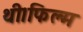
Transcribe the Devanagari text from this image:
थी।फिल्म